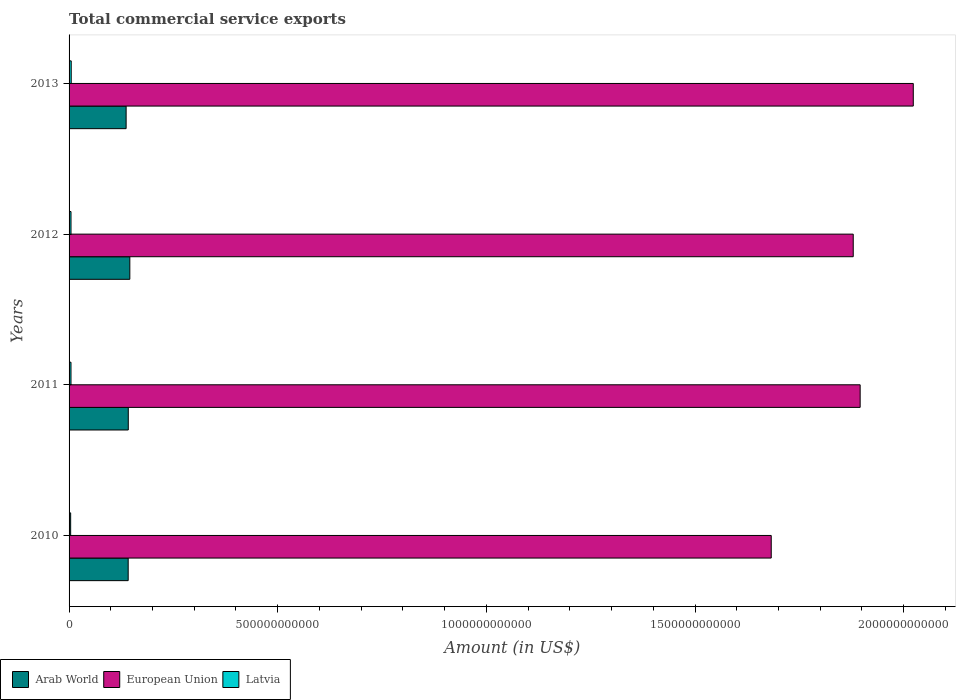
| Years | Arab World | European Union | Latvia |
 | --- | --- | --- | --- |
 | 2010 | 1.42e+11 | 1.68e+12 | 3.78e+09 |
 | 2011 | 1.42e+11 | 1.9e+12 | 4.58e+09 |
 | 2012 | 1.46e+11 | 1.88e+12 | 4.64e+09 |
 | 2013 | 1.37e+11 | 2.02e+12 | 5.14e+09 |